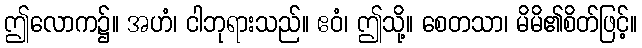
ဤလောက၌။ အဟံ၊ ငါဘုရားသည်။ ဧဝံ၊ ဤသို့။ စေတသာ၊ မိမိ၏စိတ်ဖြင့်။